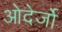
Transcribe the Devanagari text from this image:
ओदेर्जो